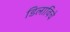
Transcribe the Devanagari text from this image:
डिलाविचे